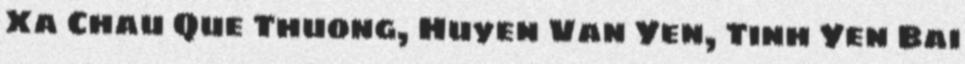
Xa Chau Que Thuong, Huyen Van Yen, Tinh Yen Bai